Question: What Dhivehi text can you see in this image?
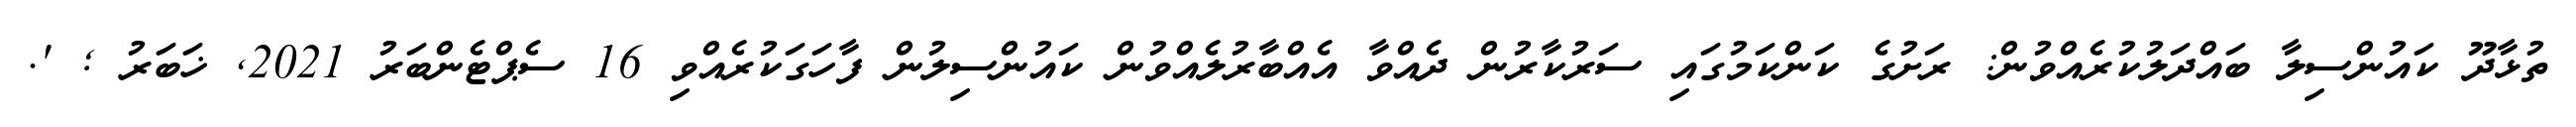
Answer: ތުޅާދޫ ކައުންސިލާ ބައްދަލުކުރެއްވުން: ރަށުގެ ކަންކަމުގައި ސަރުކާރުން ދެއްވާ އެއްބާރުލެއްވުން ކައުންސިލުން ފާހަގަކުރެއްވި 16 ސެޕްޓެންބަރު 2021, ޚަބަރު ; '.